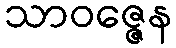
သာဝဇ္ဇေန